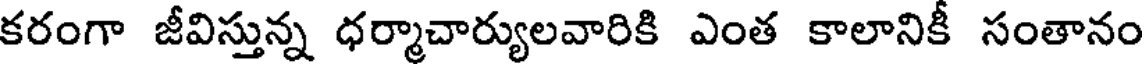
కరంగా జీవిస్తున్న ధర్మాచార్యులవారికి ఎంత కాలానికీ సంతానం